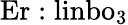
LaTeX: \mathrm{Er}:{\mathrm{li}\mathrm{nb}\mathrm{o}}_{3}